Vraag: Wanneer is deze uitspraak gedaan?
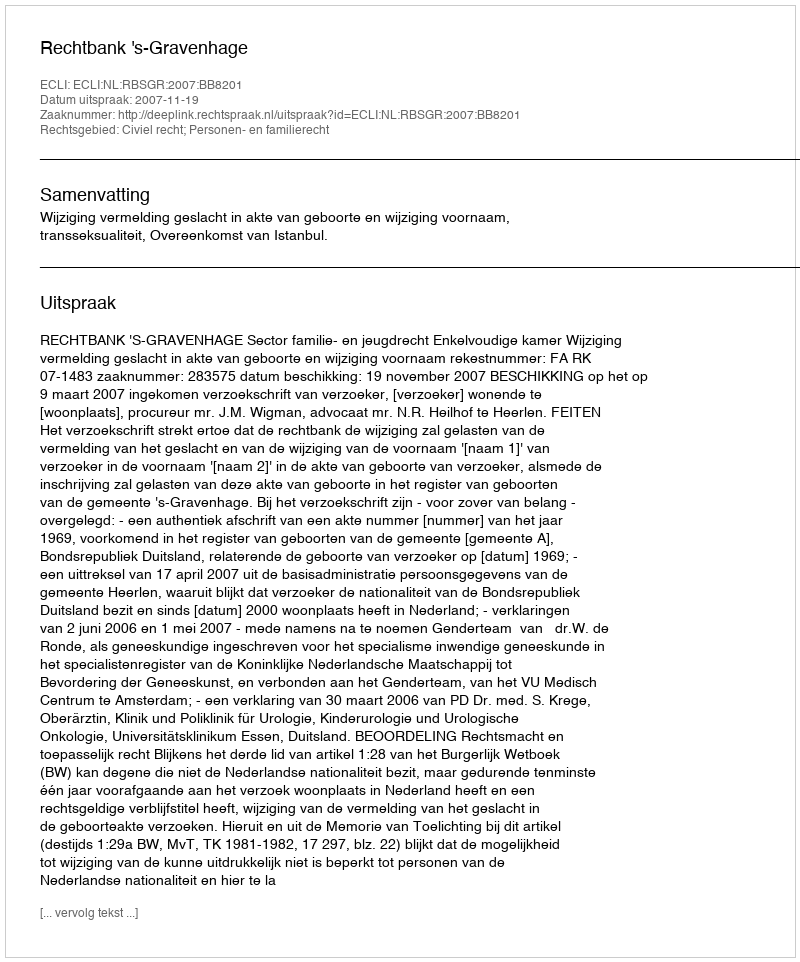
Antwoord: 2007-11-19